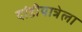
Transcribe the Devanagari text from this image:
दांडीयात्रेला